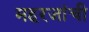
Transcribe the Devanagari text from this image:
महरजांची